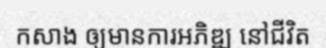
កសាង ឲ្យមានការអភិឌ្ឍ នៅជីវិត